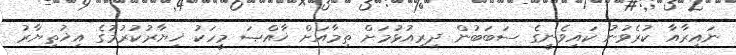
ނައިރާއާ ކުރެވުނު ކައިވެނީގެ ސަބަބުން ދިރިއުޅުމަށް ތިމާއަށް ޚާއްޞަ މީހަކު ޚިޔާރުކުރުމުގެ އިޚުތިޔާރު